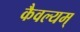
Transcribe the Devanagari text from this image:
कैवल्यम्